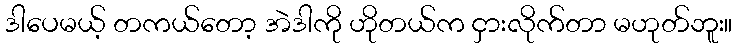
ဒါပေမယ့် တကယ်တော့ အဲဒါကို ဟိုတယ်က ငှားလိုက်တာ မဟုတ်ဘူး။